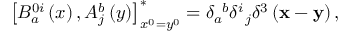
\left[ B _ { a } ^ { 0 i } \left( x \right) , A _ { j } ^ { b } \left( y \right) \right] _ { x ^ { 0 } = y ^ { 0 } } ^ { * } = \delta _ { a } ^ { \; \; b } \delta _ { \; \; j } ^ { i } \delta ^ { 3 } \left( { \bf x } - { \bf y } \right) ,